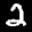
Label: 2